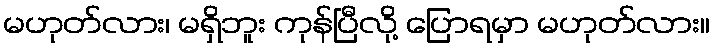
မဟုတ်လား၊ မရှိဘူး ကုန်ပြီလို့ ပြောရမှာ မဟုတ်လား။